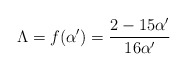
\begin{align*}\Lambda = f( {\alpha}' ) = \frac{ 2 - 15 {\alpha}'}{16 {\alpha}'}\end{align*}